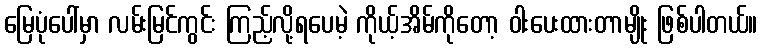
မြေပုံပေါ်မှာ လမ်းမြင်ကွင်း ကြည့်လို့ရပေမဲ့ ကိုယ့်အိမ်ကိုတော့ ဝါးပေးထားတာမျိုး ဖြစ်ပါတယ်။